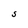
Character: S